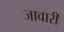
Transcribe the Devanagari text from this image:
जावारी